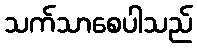
သက်သာစေပါသည်